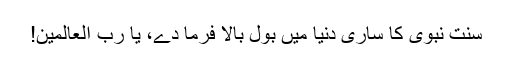
سنت نبوی کا ساری دنیا میں بول بالا فرما دے، یا رب العالمین!